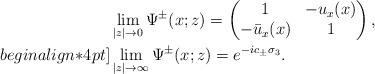
LaTeX: \begin{align*}&\lim _{|z| \rightarrow 0} \Psi^{\pm}(x;z) =\begin{pmatrix}1 &-u_x(x)\\-\bar{u}_x(x)&1\end{pmatrix},\\begin{align*}4pt]&\lim_{|z| \rightarrow \infty}\Psi^{\pm}(x;z)=e^{-ic_\pm\sigma_3}.\end{align*}